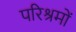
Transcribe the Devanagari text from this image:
परिश्रमों